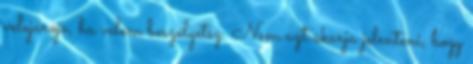
velejárója, ha velem beszélgetsz. Nem azt akarja jelenteni, hogy